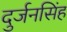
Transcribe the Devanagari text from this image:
दुर्जनसिंह